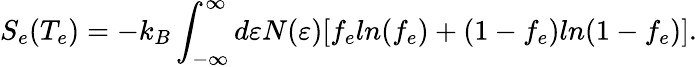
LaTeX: S_{e}(T_{e})=-k_{B}\int_{-\infty}^{\infty}d\varepsilon N(\varepsilon)[f_{e}ln(f_{e})+(1-f_{e})ln(1-f_{e})].